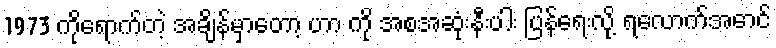
1973 ကိုရောက်တဲ့ အချိန်မှာတော့ ဟာ ကို အစအဆုံးနီးပါး ပြန်ရေးလို့ ရလောက်အောင်